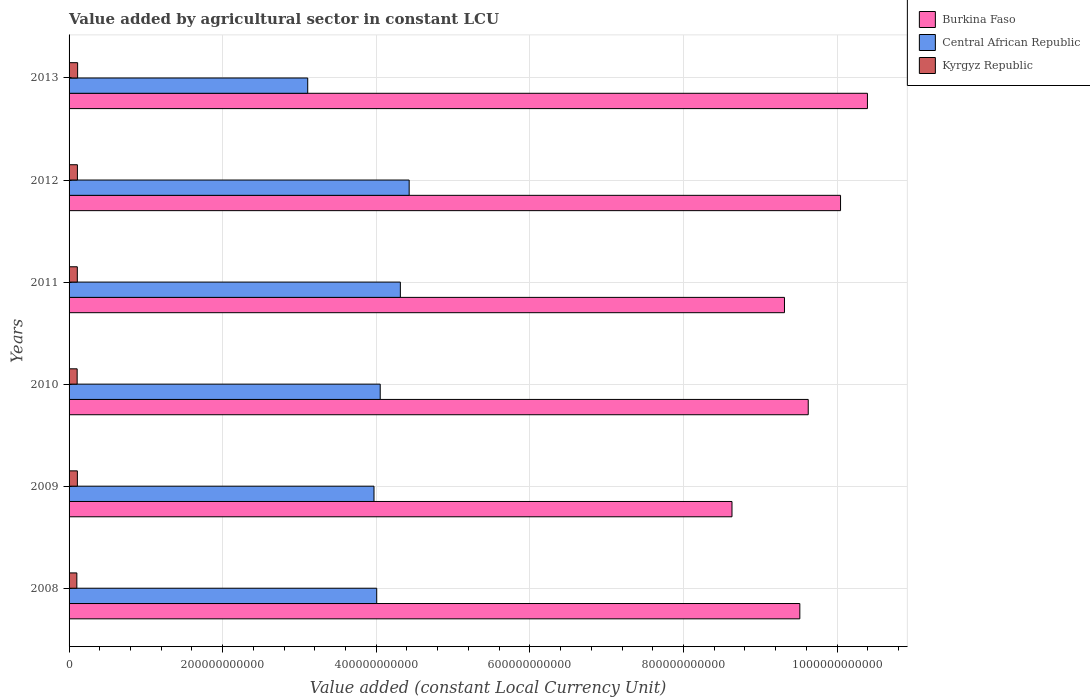
| Years | Burkina Faso | Central African Republic | Kyrgyz Republic |
 | --- | --- | --- | --- |
 | 2008 | 9.52e+11 | 4.01e+11 | 1.01e+10 |
 | 2009 | 8.63e+11 | 3.97e+11 | 1.08e+10 |
 | 2010 | 9.63e+11 | 4.05e+11 | 1.05e+10 |
 | 2011 | 9.32e+11 | 4.31e+11 | 1.07e+10 |
 | 2012 | 1e+12 | 4.43e+11 | 1.09e+10 |
 | 2013 | 1.04e+12 | 3.11e+11 | 1.11e+10 |